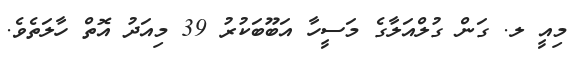
މިއީ ލ. ގަން ގުލްއަލާގެ މަސީހާ އަބޫބަކުރު 39 މިއަދު އޮތް ހާލަތެވެ.